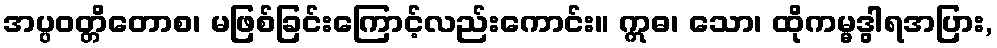
အပ္ပဝတ္တိတောစ၊ မဖြစ်ခြင်းကြောင့်လည်းကောင်း။ ဣဓ၊ သော၊ ထိုကမ္မဒွါရအပြား,